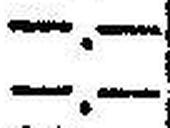
—.—